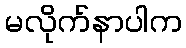
မလိုက်နာပါက